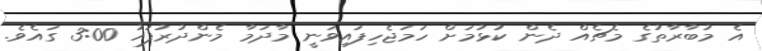
އެ މުބާރާތުގެ މެޗެއް ދެން ކުޅުމަށް ހަމަޖެހިފައިވަނީ މާދަމާ މެންދުރުފަހު 3:00 ގައެވެ.